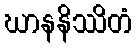
ဃာနနိဿိတံ